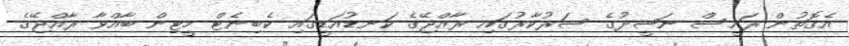
އެގޮތުން ރައީސް ނަޝީދުގެ ސަރުކާރުގައި ރާއްޖޭގެ ކަނޑުއަޑީގައި ކެބިނެޓް މީޓިން ބާއްވާ ރާއްޖޭގެ